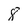
Character: 8